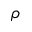
\rho